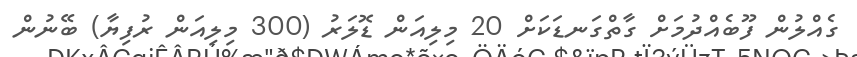
ގެއްލުން ފޫބެއްދުމަށް ގާތްގަނޑަކަށް 20 މިލިއަން ޑޮލަރު (300 މިލިއަން ރުފިޔާ) ބޭނުން